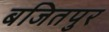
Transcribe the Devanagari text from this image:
बजितपुर